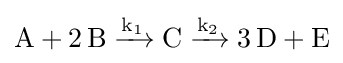
{\mathrm {A} {}+{}2\,\mathrm {B} {}\mathrel {\xrightarrow {\mathrm {k} {\vphantom {A}}_{\smash[{t}]{1}}} } {}\mathrm {C} {}\mathrel {\xrightarrow {\mathrm {k} {\vphantom {A}}_{\smash[{t}]{2}}} } {}3\,\mathrm {D} {}+{}\mathrm {E} }